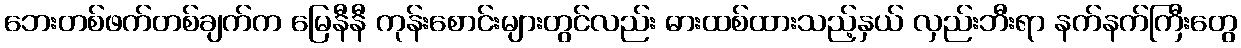
ဘေးတစ်ဖက်တစ်ချက်က မြေနီနီ ကုန်းစောင်းများတွင်လည်း ဓားထစ်ထားသည့်နှယ် လှည်းဘီးရာ နက်နက်ကြီးတွေ